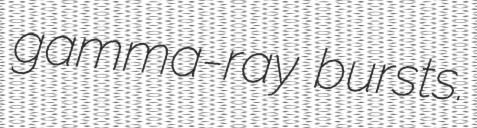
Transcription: gamma-ray bursts.